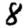
Digit: 8